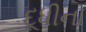
દૂધીના